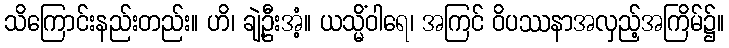
သိကြောင်းနည်းတည်း။ ဟိ၊ ချဲ့ဦးအံ့။ ယသ္မိံဝါရေ၊ အကြင် ဝိပဿနာအလှည့်အကြိမ်၌။